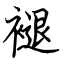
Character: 褪